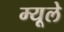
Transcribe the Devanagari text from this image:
म्यूले